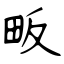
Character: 畈